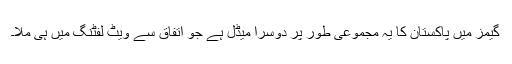
گیمز میں پاکستان کا یہ مجموعی طور پر دوسرا میڈل ہے جو اتفاق سے ویٹ لفٹنگ میں ہی ملا۔